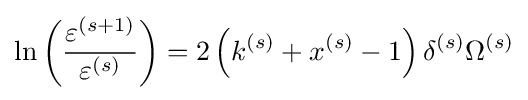
\ln \left({\frac {\varepsilon ^{(s+1)}}{\varepsilon ^{(s)}}}\right)=2\left(k^{(s)}+x^{(s)}-1\right)\delta ^{(s)}\Omega ^{(s)}